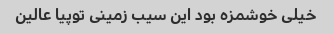
خیلی خوشمزه بود این سیب زمینی توپیا عالین